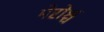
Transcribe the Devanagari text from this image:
मेरोश्च